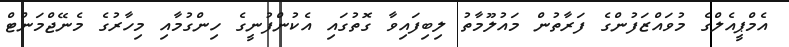
އެމްޕީއެލްގެ މުވައްޒަފުންގެ ފަރާތުން މައުލޫމާތު ލިބިފައިވާ ގޮތުގައި އެކުންފުނީގެ ހިންގުމާއި މިހާރުގެ މެނޭޖްމަންޓް